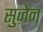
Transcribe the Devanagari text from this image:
सुज़ेन